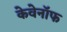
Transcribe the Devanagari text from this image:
केवेनॉफ